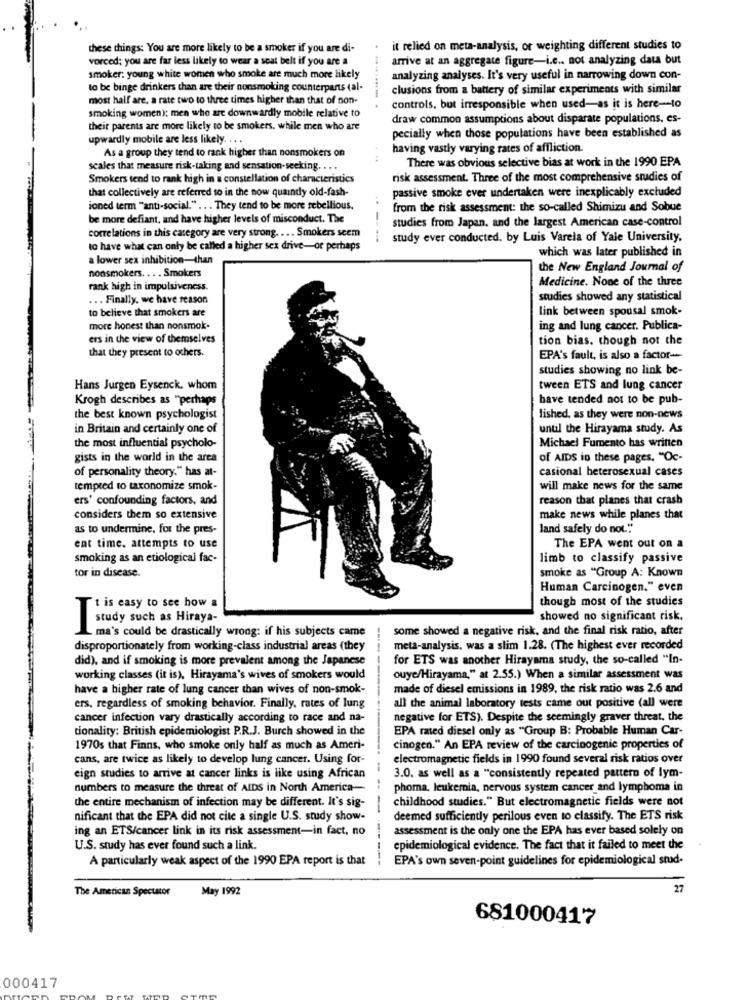
these things: You are more likely to be a smoker if you are di-
it relied on meta-analysis, or weighting different studies to
vorced; you are far less likely to wear a seat belt if you are a
.-.
arrive at an aggregate figure-i.c .. not analyzing data but
smoker: young white women who smoke are much more likely
analyzing analyses. It's very useful in narrowing down con-
to be binge drinkers than are their nonsmoking counterparts (al-
clusions from a battery of similar experiments with similar
most half are, a rate two to three times higher than that of non-
controls, but irresponsible when used-as it is here-to
smoking women); men who are downwardly mobile relative to
draw common assumptions about disparate populations, es-
their parents are more likely to be smokers. while men who are
upwardly mobile are less likely. . ..
pecially when those populations have been established as
As a group they tend to rank higher than nonsmokers on
having vastly varying rates of affliction.
There was obvious selective bias at work in the 1990 EPA
scales that measure risk-taking and sensation-seeking. . ..
Smokers tend to rank high in a constellation of characteristics
risk assessment. Three of the most comprehensive studies of
that collectively are referred to in the now quaindy old-fash-
passive smoke ever undertaken were inexplicably excluded
ioned term "anti-social." ... They tend to be more rebellious.
from the risk assessment: the so-called Shimizu and Sobue
be more defiant, and have higher levels of misconduct. The
studies from Japan, and the largest American case-control
correlations in this category are very strong. ... Smokers seem
study ever conducted. by Luis Varela of Yale University,
to have what can only be called a higher sex drive-or perhaps
which was later published in
a lower sex inhibition-than
the New England Journal of
nonsmokers. .. . Smokers
Medicine. None of the three
rank high in impulsiveness.
... Finally, we have reason
studies showed any statistical
to believe that smokers are
link between spousal smok-
more honest than nonsmok.
ing and lung cancer. Publica-
ers in the view of themselves
tion bias. though not the
that they present to others.
EPA's fault, is also a factor-
studies showing no link be-
Hans Jurgen Eysenck, whom
tween ETS and lung cancer
Krogh describes as "perhaps
have tended not to be pub-
the best known psychologist
lished, as they were non-news
in Britain and certainly one of
until the Hirayama study. As
the most influential psycholo-
Michael Fumento has written
gists in the world in the area
of AIDS in these pages, "Oc-
of personality theory," has at-
casional heterosexual cases
tempted to taxonomize smok-
will make news for the same
ers' confounding factors, and
reason that planes that crash
considers them so extensive
make news while planes that
as to undermine, for the pres-
land safely do not.""
ent time. attempts to use
The EPA went out on a
smoking as an etiological fac-
limb to classify passive
tor in disease.
smoke as "Group A: Known
Human Carcinogen." even
though most of the studies
Tt is easy to see how a
showed no significant risk.
study such as Hiraya-
L ma's could be drastically wrong: if his subjects came
some showed a negative risk, and the final risk ratio, after
disproportionately from working-class industrial areas (they
meta-analysis, was a slim 1.28. (The highest ever recorded
did), and if smoking is more prevalent among the Japanese
for ETS was another Hirayama study, the so-called "In-
working classes (it is), Hirayama's wives of smokers would
ouye/Hirayama," at 2.55.) When a similar assessment was
have a higher rate of lung cancer than wives of non-smok-
made of diesel emissions in 1989, the risk ratio was 2.6 and
ers, regardless of smoking behavior. Finally, rates of lung
all the animal laboratory tests came out positive (all were
cancer infection vary drastically according to race and na-
negative for ETS). Despite the seemingly graver threat, the
tionality: British epidemiologist P.R.J. Burch showed in the
EPA rated diesel only as "Group B: Probable Human Car-
1970s that Finns, who smoke only half as much as Ameri-
cinogen." An EPA review of the carcinogenic properties of
cans, are twice as likely to develop lung cancer. Using for-
electromagnetic fields in 1990 found several risk ratios over
eign studies to arrive at cancer links is like using African
3.0. as well as a "consistently repeated pattern of lym-
numbers to measure the threat of AIDS in North America-
phoma, leukemia, nervous system cancer and lymphoma in
the entire mechanism of infection may be different. It's sig-
-- -
childhood studies." But electromagnetic fields were not
nificant that the EPA did not cite a single U.S. study show-
deemed sufficiently perilous even to classify. The ETS risk
ing an ETS/cancer link in its risk assessment-in fact, no
assessment is the only one the EPA has ever based solely on
U.S. study has ever found such a link.
epidemiological evidence. The fact that it failed to meet the
A particularly weak aspect of the 1990 EPA report is that
-----
EPA's own seven-point guidelines for epidemiological stud-
The American Spectator
May 1992
27
681000417
000417